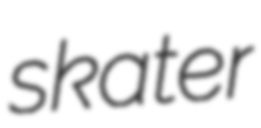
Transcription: skater